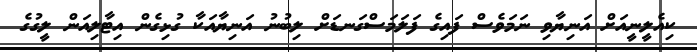
ކިއެލީނީއަށް އަނިޔާވި ނަމަވެސް ފައިގެ ފަލަމަސްގަނޑަށް ލިބުނު އަނިޔާއަކާ ގުޅިގެން އިޓާލިއަން ލީގުގެ